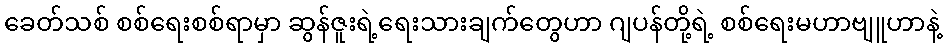
ခေတ်သစ် စစ်ရေးစစ်ရာမှာ ဆွန်ဇူးရဲ့ရေးသားချက်တွေဟာ ဂျပန်တို့ရဲ့ စစ်ရေးမဟာဗျူဟာနဲ့